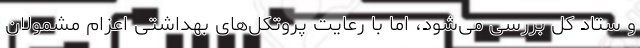
و ستاد کل بررسی می‌شود، اما با رعایت پروتکل‌های بهداشتی اعزام مشمولان